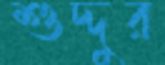
শুদ্দুর